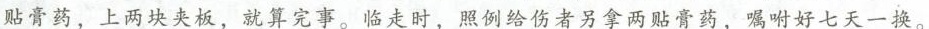
贴膏药，上两块夹板，就算完事。临走时，照例给伤者另拿两贴膏药，嘱咐好七天一换。